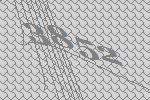
3852